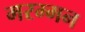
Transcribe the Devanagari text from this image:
मरम्मन